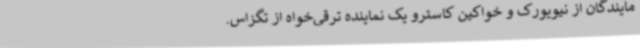
مایندگان از نیویورک و خواکین کاسترو یک نماینده ترقی‌خواه از تگزاس.